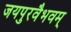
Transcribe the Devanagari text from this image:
जयपुरवैभवम्